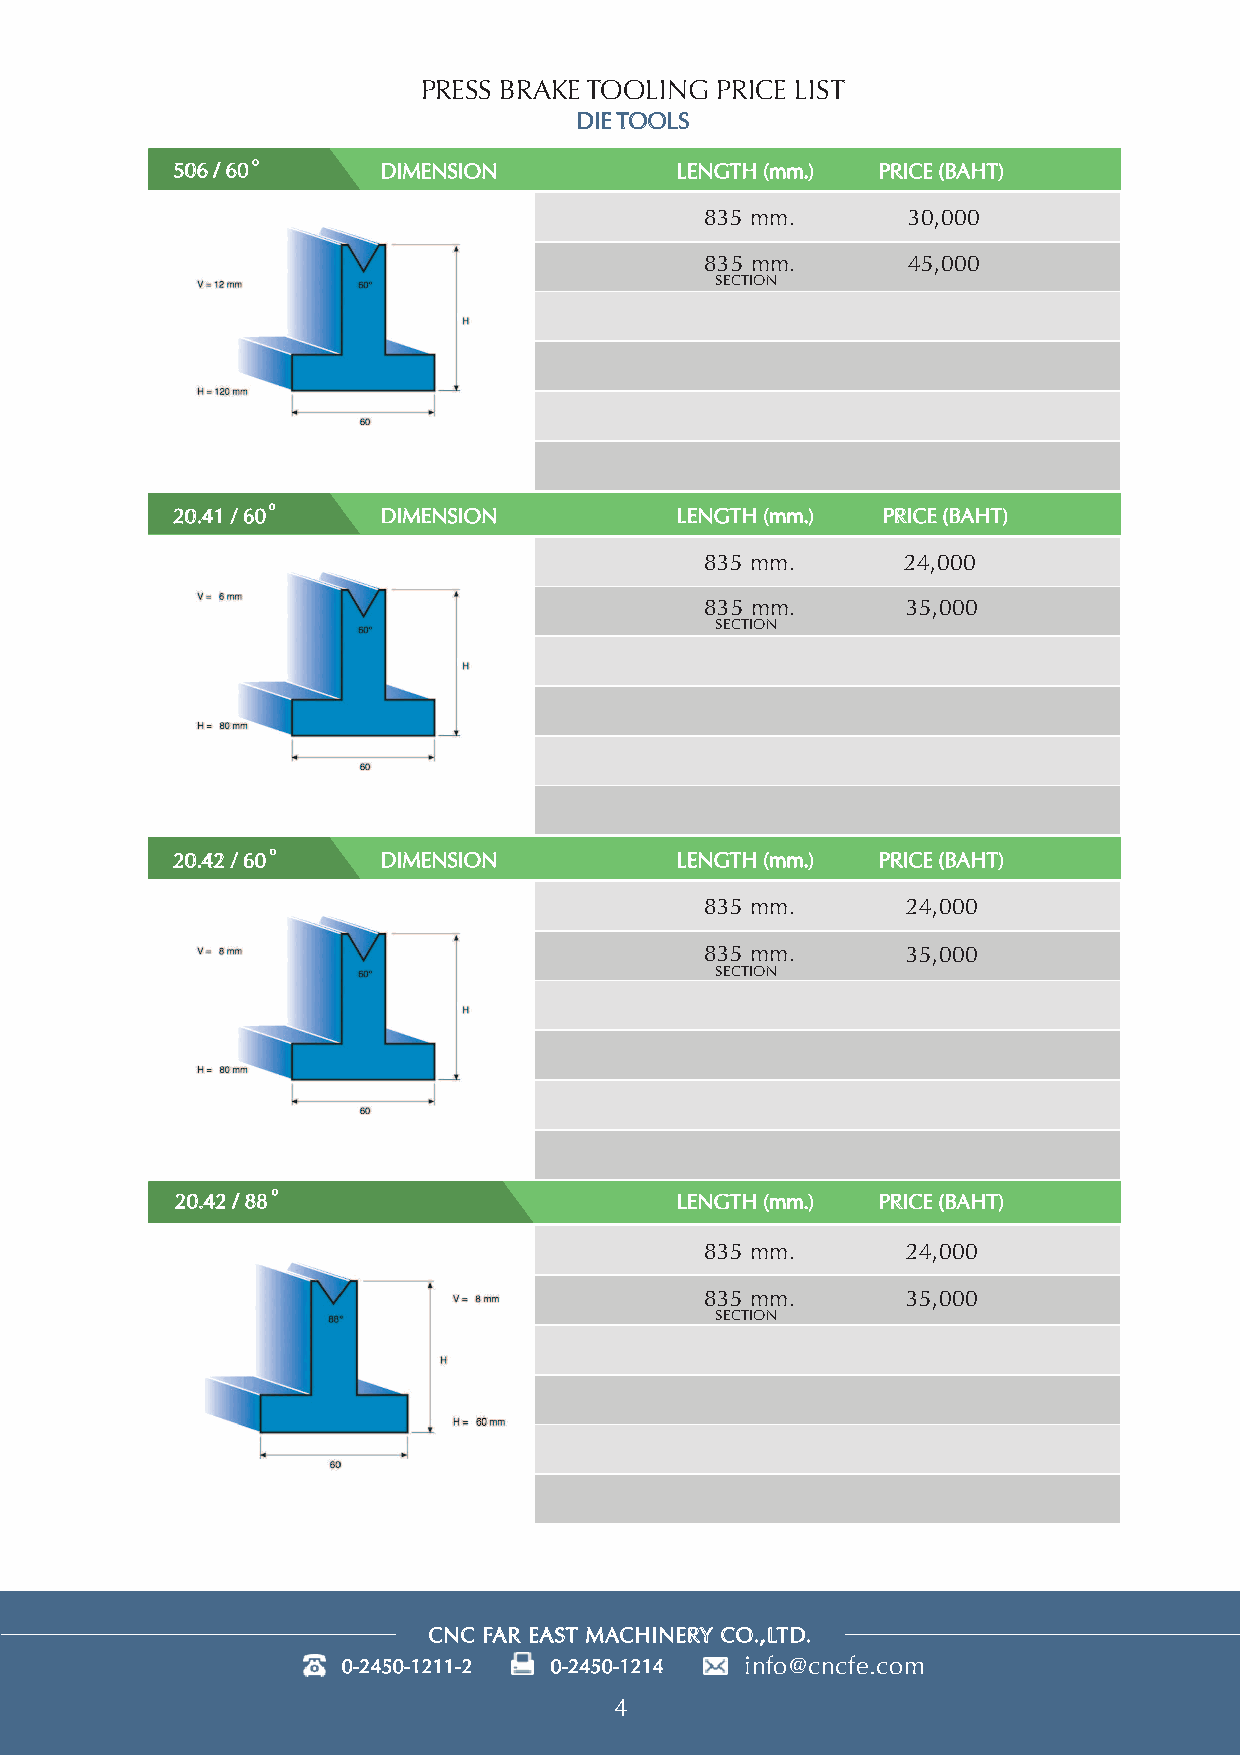
PRESS BRAKE TOOLING PRICE LIST
 DIE TOOLS
 506 / 60o     DIMENSION           LENGTH (mm.) PRICE (BAHT)
 835 mm.      30,000
 835 mm.      45,000
 SECTION
 20.41 / 60o   DIMENSION           LENGTH (mm.) PRICE (BAHT)
 835 mm.      24,000
 835 mm.      35,000
 SECTION
 20.42 / 60o   DIMENSION           LENGTH (mm.) PRICE (BAHT)
 835 mm.      24,000
 835 mm.      35,000
 SECTION
 20.42 / 88o                      LENGTH (mm.) PRICE (BAHT)
 835 mm.      24,000
 835 mm.      35,000
 SECTION
 CNC FAR EAST MACHINERY CO.,LTD.
 info@cncfe.com
 4